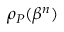
\rho _ { P } ( \beta ^ { n } )